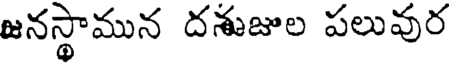
జనస్థామున దశుజుల పలువుర